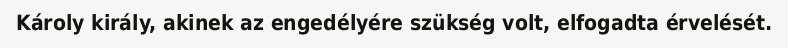
Károly király, akinek az engedélyére szükség volt, elfogadta érvelését.